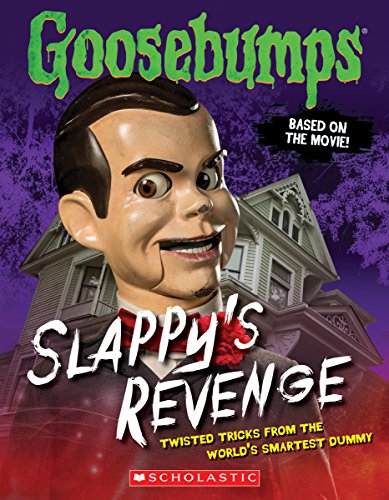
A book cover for Goosebumps The Movie: Slappy's Revenge: Twisted Tricks from the World's Smartest Dummy; Jason Heller; Children's Books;